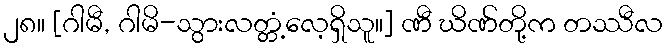
၂၈။ [ဂါမီ, ဂါမိ-သွားလတ္တံ့လေ့ရှိသူ။] ဏီ ဃိဏ်တို့က တဿီလ